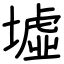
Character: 墟